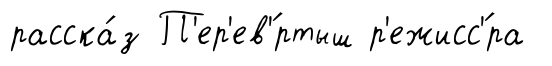
расска́з П'ер'ев'́ртыш р'ежисс'́ра